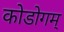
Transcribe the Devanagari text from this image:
कोडोगम्